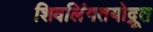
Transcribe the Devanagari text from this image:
शिवलिंगतयोद्रूत